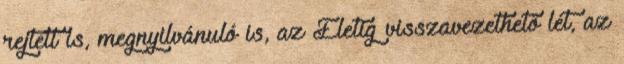
rejtett is, megnyilvánuló is, az Életig visszavezethető lét, az